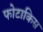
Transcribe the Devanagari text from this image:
फोटाकिस